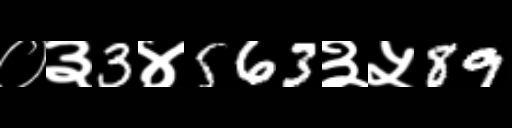
Text: ०३3४563३५89